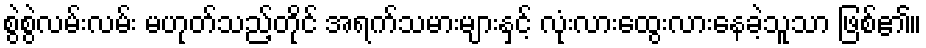
စွဲစွဲလမ်းလမ်း မဟုတ်သည့်တိုင် အရက်သမားများနှင့် လုံးလားထွေးလားနေခဲ့သူသာ ဖြစ်၏။